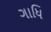
ગાધિ